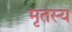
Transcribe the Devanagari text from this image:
मृतस्य